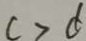
c > d